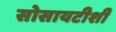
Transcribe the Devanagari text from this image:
सोसायटीशी